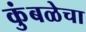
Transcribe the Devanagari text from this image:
कुंबळेचा